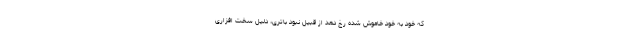
که خود به خود خاموش شده رخ دهد از قبیل نبود باتری، دلیل سخت افزاری